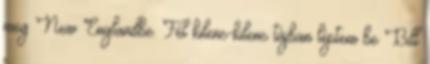
meg New Englandbe. Fél kilenc-kilenc tájban léptem be Bill